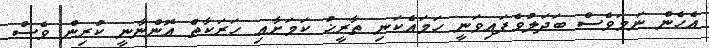
އެހެން ނަމަވެސް ބަދަލުވެފައިވަނީ ހަމައެކަނި ތާރީޚު ކަމަށާއި ހަރަކާތް އޮންނާނީ ކުރިން ވެސް